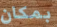
بمكان